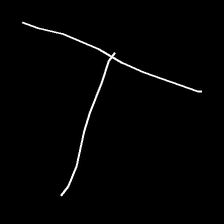
Glyph: column